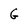
Character: G